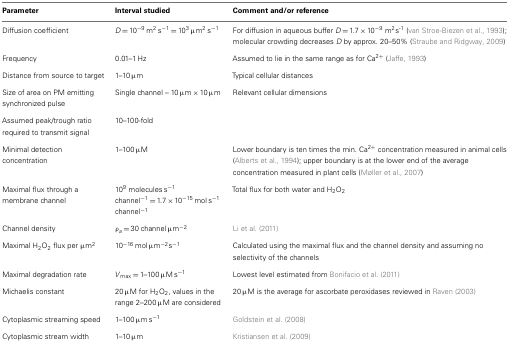
<table><thead><tr><td><b>Parameter</b></td><td><b>Interval studied</b></td><td><b>Comment and/or reference</b></td></tr></thead><tbody><tr><td>Diffusion coefficient</td><td><i>D</i> = 10<sup>−9</sup> m<sup>2</sup> s<sup>−1</sup> = 10<sup>3</sup> μm<sup>2</sup> s<sup>−1</sup></td><td>For diffusion in aqueous buffer <i>D</i> = 1.7 × 10<sup>−9</sup> m<sup>2</sup>s<sup>-1</sup> (van Stroe-Biezen et al., 1993); molecular crowding decreases <i>D</i> by approx. 20–50% (Straube and Ridgway, 2009)</td></tr><tr><td>Frequency</td><td>0.01–1 Hz</td><td>Assumed to lie in the same range as for Ca<sup>2+</sup> (Jaffe, 1993)</td></tr><tr><td>Distance from source to target</td><td>1–10 μm</td><td>Typical cellular distances</td></tr><tr><td>Size of area on PM emitting synchronized pulse</td><td>Single channel – 10 μm × 10 μm</td><td>Relevant cellular dimensions</td></tr><tr><td>Assumed peak/trough ratio required to transmit signal</td><td>10–100-fold</td><td></td></tr><tr><td>Minimal detection concentration</td><td>1–100 μM</td><td>Lower boundary is ten times the min. Ca<sup>2+</sup> concentration measured in animal cells (Alberts et al., 1994); upper boundary is at the lower end of the average concentration measured in plant cells (Møller et al., 2007)</td></tr><tr><td>Maximal flux through a membrane channel</td><td>10<sup>9</sup> molecules s<sup>−1</sup> channel<sup>−1</sup> = 1.7 × 10<sup>−15</sup> mol s<sup>−1</sup> channel<sup>−1</sup></td><td>Total flux for both water and H<sub>2</sub>O<sub>2</sub></td></tr><tr><td>Channel density</td><td>ρ<i><sub>a</sub></i> = 30 channel μm<sup>−2</sup></td><td>Li et al. (2011)</td></tr><tr><td>Maximal H<sub>2</sub>O<sub>2</sub> flux per μm<sup>2</sup></td><td>10<sup>−16</sup> mol μm<sup>−2</sup>s<sup>−1</sup></td><td>Calculated using the maximal flux and the channel density and assuming no selectivity of the channels</td></tr><tr><td>Maximal degradation rate</td><td><i>V</i><sub>max</sub> = 1–100 μM s<sup>−1</sup></td><td>Lowest level estimated from Bonifacio et al. (2011)</td></tr><tr><td>Michaelis constant</td><td>20 μM for H<sub>2</sub>O<sub>2</sub>, values in the range 2–200 μM are considered</td><td>20 μM is the average for ascorbate peroxidases reviewed in Raven (2003)</td></tr><tr><td>Cytoplasmic streaming speed</td><td>1–100 μm s<sup>−1</sup></td><td>Goldstein et al. (2008)</td></tr><tr><td>Cytoplasmic stream width</td><td>1–10 μm</td><td>Kristiansen et al. (2009)</td></tr></tbody></table>